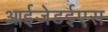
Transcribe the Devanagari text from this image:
आईजेडईएस